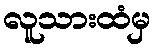
လူသားထံမှ